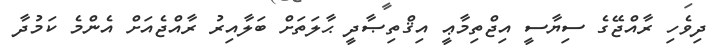
ދިވެހި ރާއްޖޭގެ ސިޔާސީ އިޖްތިމާޢީ އިޤްތިޞާދީ ޙާލަތަށް ބަލާއިރު ރާއްޖެއަށް އެންމެ ކަމުދާ